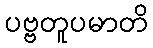
ပဗ္ဗတူပမာတိ